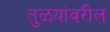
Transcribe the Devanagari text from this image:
तुळयांवरील